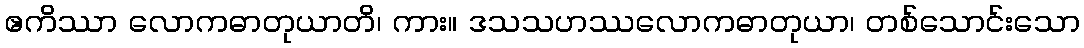
ဧကိဿာ လောကဓာတုယာတိ၊ ကား။ ဒသသဟဿလောကဓာတုယာ၊ တစ်သောင်းသော